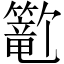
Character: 𬕺